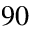
9 0